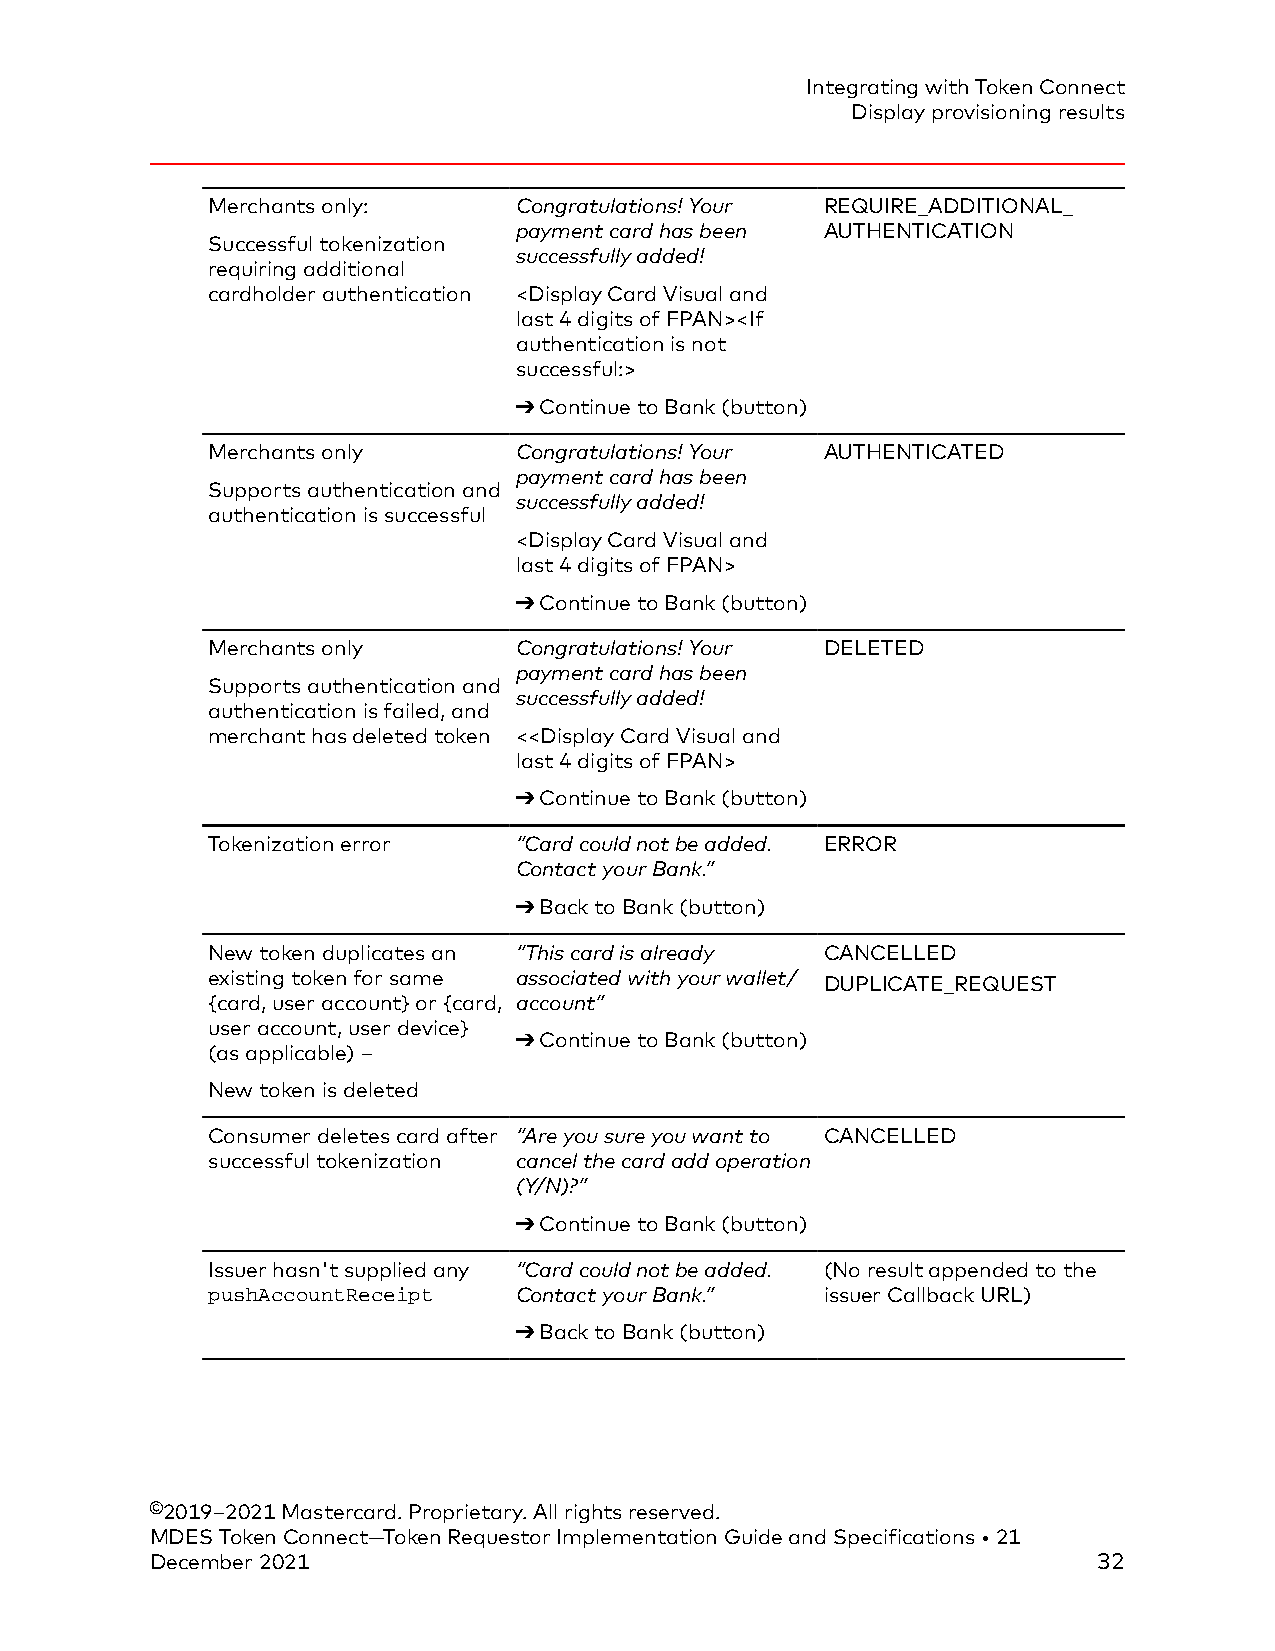
Integrating with Token Connect
 Display provisioning results
 Merchants only:     Congratulations! Your REQUIRE_ADDITIONAL_
 payment card has been AUTHENTICATION
 Successful tokenization
 successfully added!
 requiring additional
 cardholder authentication <Display Card Visual and
 last 4 digits of FPAN><If
 authentication is not
 successful:>
 ➔ Continue to Bank (button)
 Merchants only      Congratulations! Your AUTHENTICATED
 payment card has been
 Supports authentication and
 successfully added!
 authentication is successful
 <Display Card Visual and
 last 4 digits of FPAN>
 ➔ Continue to Bank (button)
 Merchants only      Congratulations! Your DELETED
 payment card has been
 Supports authentication and
 successfully added!
 authentication is failed, and
 merchant has deleted token <<Display Card Visual and
 last 4 digits of FPAN>
 ➔ Continue to Bank (button)
 Tokenization error  “Card could not be added. ERROR
 Contact your Bank.”
 ➔ Back to Bank (button)
 New token duplicates an “This card is already CANCELLED
 existing token for same associated with your wallet/ DUPLICATE_REQUEST
 {card, user account} or {card, account”
 user account, user device}
 ➔ Continue to Bank (button)
 (as applicable) –
 New token is deleted
 Consumer deletes card after “Are you sure you want to CANCELLED
 successful tokenization cancel the card add operation
 (Y/N)?”
 ➔ Continue to Bank (button)
 Issuer hasn't supplied any “Card could not be added. (No result appended to the
 pushAccountReceipt  Contact your Bank.”  issuer Callback URL)
 ➔ Back to Bank (button)
 ©2019–2021 Mastercard. Proprietary. All rights reserved.
 MDES Token Connect—Token Requestor Implementation Guide and Specifications • 21
 December 2021                                                  32